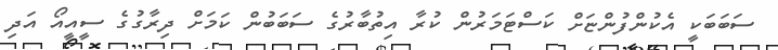
ސަބަބަކީ އެކުންފުންޏަށް ކަސްޓަމަރުން ކުރާ އިތުބާރުގެ ސަބަބުން ކަމަށް ދިރާގުގެ ސީއީއޯ އަދި